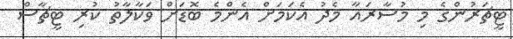
ޓީޗަރުންގެ މި މުސާރައާ މެދު އެކަމަށް އެންމެ ބޮޑަށް ވަކާލާތު ކުރި ޓީޗާސް